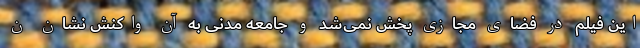
این فیلم در فضای مجازی پخش نمی‌شد و جامعه مدنی به آن واکنش نشان ن